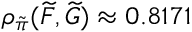
\rho _ { \tilde { \pi } } ( \widetilde { F } , \widetilde { G } ) \approx 0 . 8 1 7 1